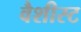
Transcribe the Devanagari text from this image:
वैशीस्ट